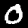
Label: 0